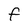
Character: f